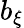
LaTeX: b_{\xi}